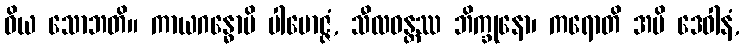
ဝိယ သောဘတိ။ ကာယဂန္ဓောပိ ပါမောဇ္ဇံ, သီလဝန္တဿ ဘိက္ခုနော၊ ကရောတိ အပိ ဒေဝါနံ,